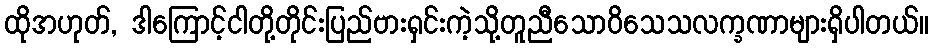
ထိုအဟုတ်, ဒါကြောင့်ငါတို့တိုင်းပြည်ဗားရှင်းကဲ့သို့တူညီသောဝိသေသလက္ခဏာများရှိပါတယ်။